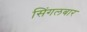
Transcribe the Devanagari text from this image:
सिंगलबार